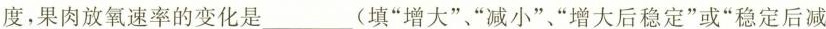
度，果肉放氧速率的变化是___(填”增大”、”减小”、”增大后稳定”或”稳定后减